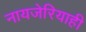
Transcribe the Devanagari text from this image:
नायजेरियाही